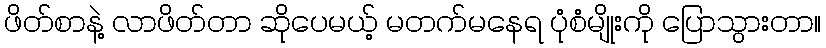
ဖိတ်စာနဲ့ လာဖိတ်တာ ဆိုပေမယ့် မတက်မနေရ ပုံစံမျိုးကို ပြောသွားတာ။